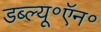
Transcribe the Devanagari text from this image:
डब्ल्यू॰ऍन॰